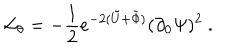
{ \cal { L } } _ { \theta } = - { \frac { 1 } { 2 } } e ^ { - 2 ( \tilde { U } + \tilde { \Phi } ) } ( \partial _ { 0 } \Psi ) ^ { 2 } \ .